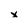
Character: x